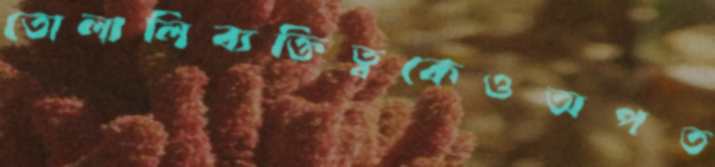
তোলালিব্যক্তিত্বকেওঅপত